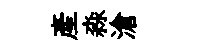
産淼滄